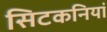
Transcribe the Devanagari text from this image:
सिटकनियां